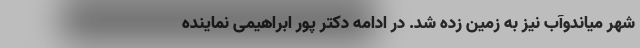
شهر میاندوآب نیز به زمین زده شد. در ادامه دکتر پور ابراهیمی نماینده